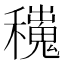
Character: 𥣼